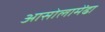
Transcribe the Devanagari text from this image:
आसोलामेंढा